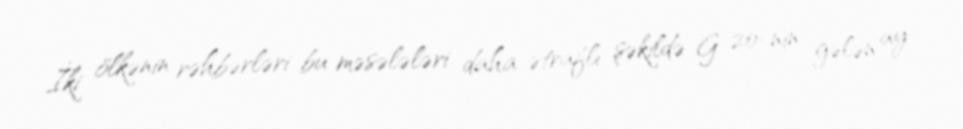
İki ölkənin rəhbərləri bu məsələləri daha ətraflı şəkildə G 20-nin gələn ay